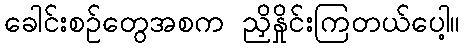
ခေါင်းစဉ်တွေအစက ညှိနှိုင်းကြတယ်ပေါ့။